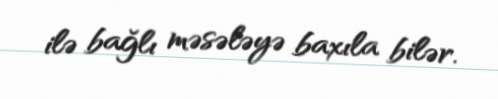
ilə bağlı məsələyə baxıla bilər.